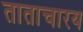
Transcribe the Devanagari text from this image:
ताताचारय